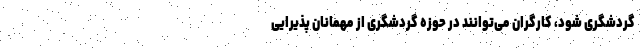
گردشگری شود، کارگران می‌توانند در حوزه گردشگری از مهمانان پذیرایی